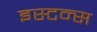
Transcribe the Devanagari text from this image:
इस्टन्स